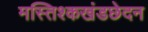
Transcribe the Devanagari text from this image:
मस्तिश्कखंडछेदन